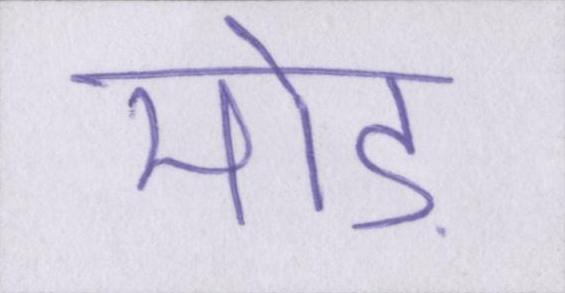
मोड़